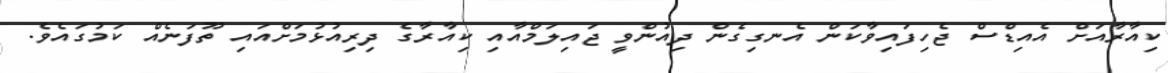
ކިއާރާއަށް އެއިޑްސް ޖެހިފައިވާކަން އެނގިގެން ދިއުންވީ ޖައިލަމްއާއި ކިއާރާގެ ދިރިއުޅުމަށްއައި ތޫފަނެއް ކަމުގައެވެ.